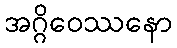
အဂ္ဂိဝေဿနော